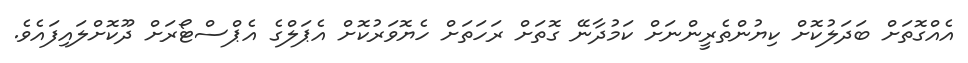
އެއްގޮތަށް ބަދަލުކޮށް ކިޔުންތެރީންނަށް ކަމުދާނޭ ގޮތަށް ރަހަތަށް ހެޔޮވަރުކޮށް އެޕަލްގެ އެޕްސްޓޯރަށް ދޫކޮށްލައިފައެވެ.